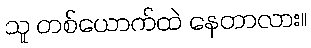
သူ တစ်ယောက်ထဲ နေတာလား။